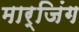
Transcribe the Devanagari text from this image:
मार्जिंग